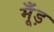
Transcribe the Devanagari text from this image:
मूँड़